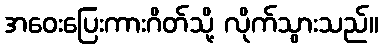
အဝေးပြေးကားဂိတ်သို့ လိုက်သွားသည်။